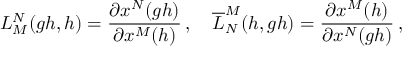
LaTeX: L _ { M } ^ { N } ( g h , h ) = \frac { \partial x ^ { N } ( g h ) } { \partial x ^ { M } ( h ) } \, , \quad \overline { { { L } } } _ { N } ^ { M } ( h , g h ) = \frac { \partial x ^ { M } ( h ) } { \partial x ^ { N } ( g h ) } \, ,